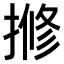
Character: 𫝽